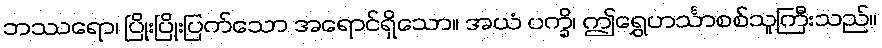
ဘဿရော၊ ပြိုးပြိုးပြက်သော အရောင်ရှိသော။ အယံ ပက္ခိ၊ ဤရွှေဟင်္သာစစ်သူကြီးသည်။